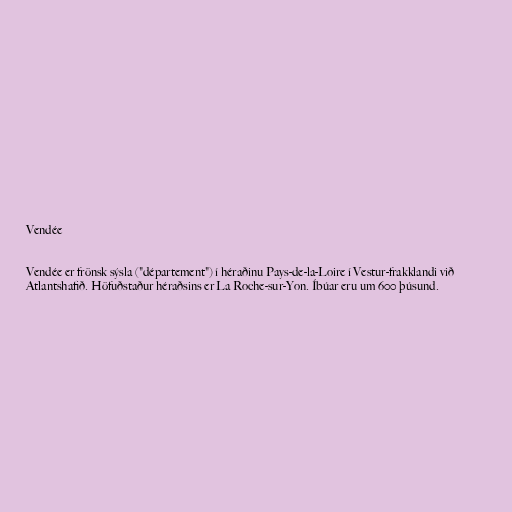
Vendée

Vendée er frönsk sýsla ("département") í héraðinu Pays-de-la-Loire í Vestur-frakklandi við
Atlantshafið. Höfuðstaður héraðsins er La Roche-sur-Yon. Íbúar eru um 600 þúsund.